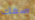
صفك